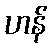
ဟန်